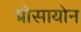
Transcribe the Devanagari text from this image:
प्रोसायोन